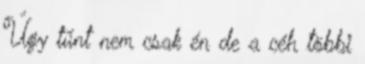
Úgy tűnt nem csak én de a céh többi